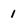
Character: 1